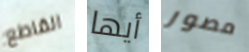
القاطع أيها مصور